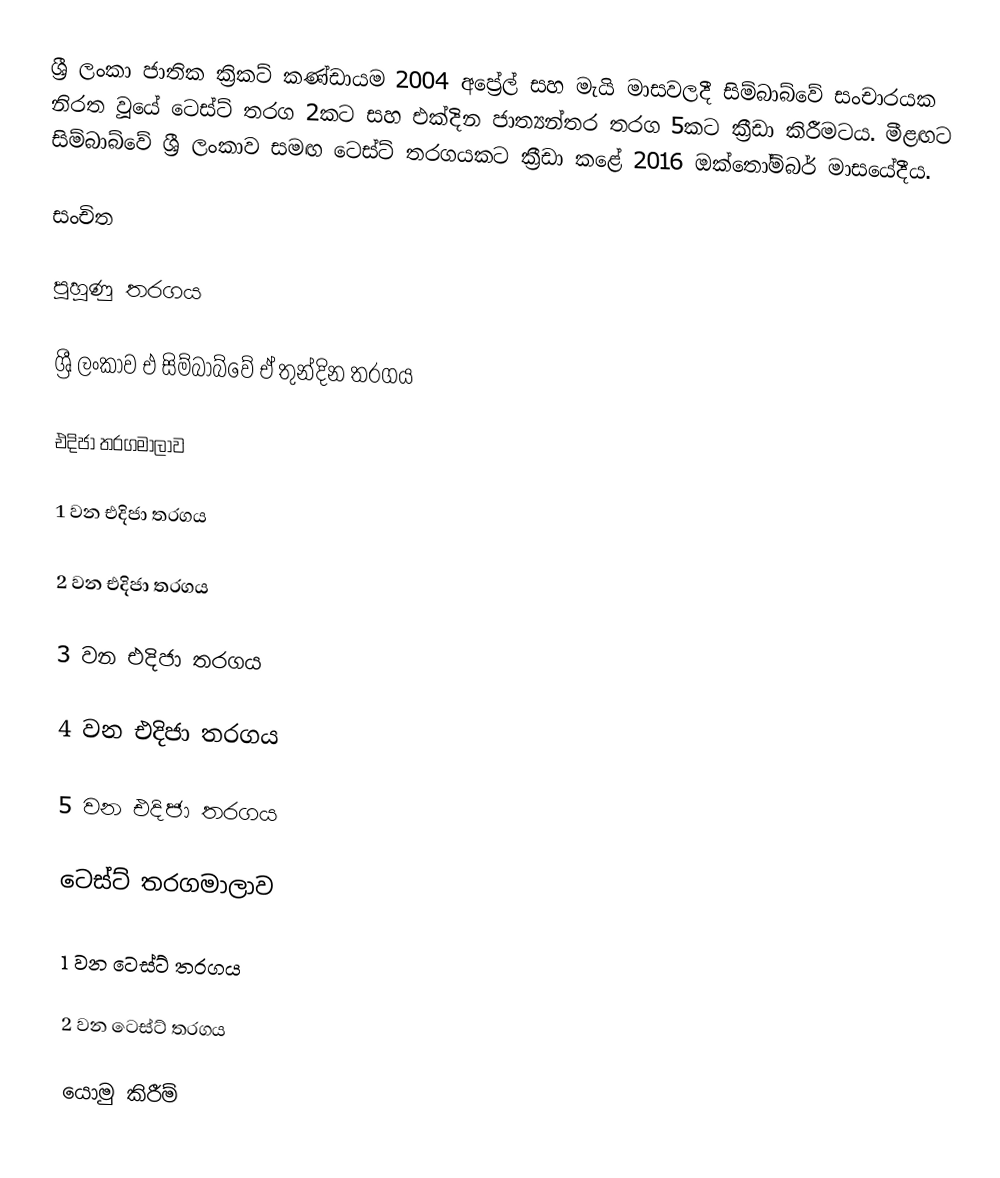
ශ්‍රී ලංකා ජාතික ක්‍රිකට් කණ්ඩායම 2004 අප්‍රේල් සහ මැයි මාසවලදී සිම්බාබ්වේ සංචාරයක නිරත වූයේ ටෙස්ට් තරග 2කට සහ එක්දින ජාත්‍යන්තර තරග 5කට ක්‍රීඩා කිරීමටය. මීළඟට සිම්බාබ්වේ ශ්‍රී ලංකාව සමඟ ටෙස්ට් තරගයකට ක්‍රීඩා කළේ 2016 ඔක්තෝම්බර් මාසයේදීය.

සංචිත

පුහුණු තරගය

ශ්‍රී ලංකාව එ සිම්බාබ්වේ ඒ තුන්දින තරගය

එදිජා තරගමාලාව

1 වන එදිජා තරගය

2 වන එදිජා තරගය

3 වන එදිජා තරගය

4 වන එදිජා තරගය

5 වන එදිජා තරගය

ටෙස්ට් තරගමාලාව

1 වන ටෙස්ට් තරගය

2 වන ටෙස්ට් තරගය

යොමු කිරීම්